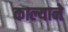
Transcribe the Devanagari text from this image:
काल्याने